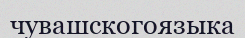
чувашскогоязыка